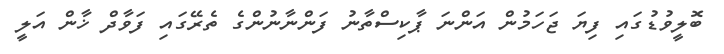
ބޮލީވުޑުގައި ފިޔަ ޖަހަމުން އަންނަ ޕާކިސްތާނު ފަންނާނުންގެ ތެރޭގައި ފަވާދް ޚާން އަލީ